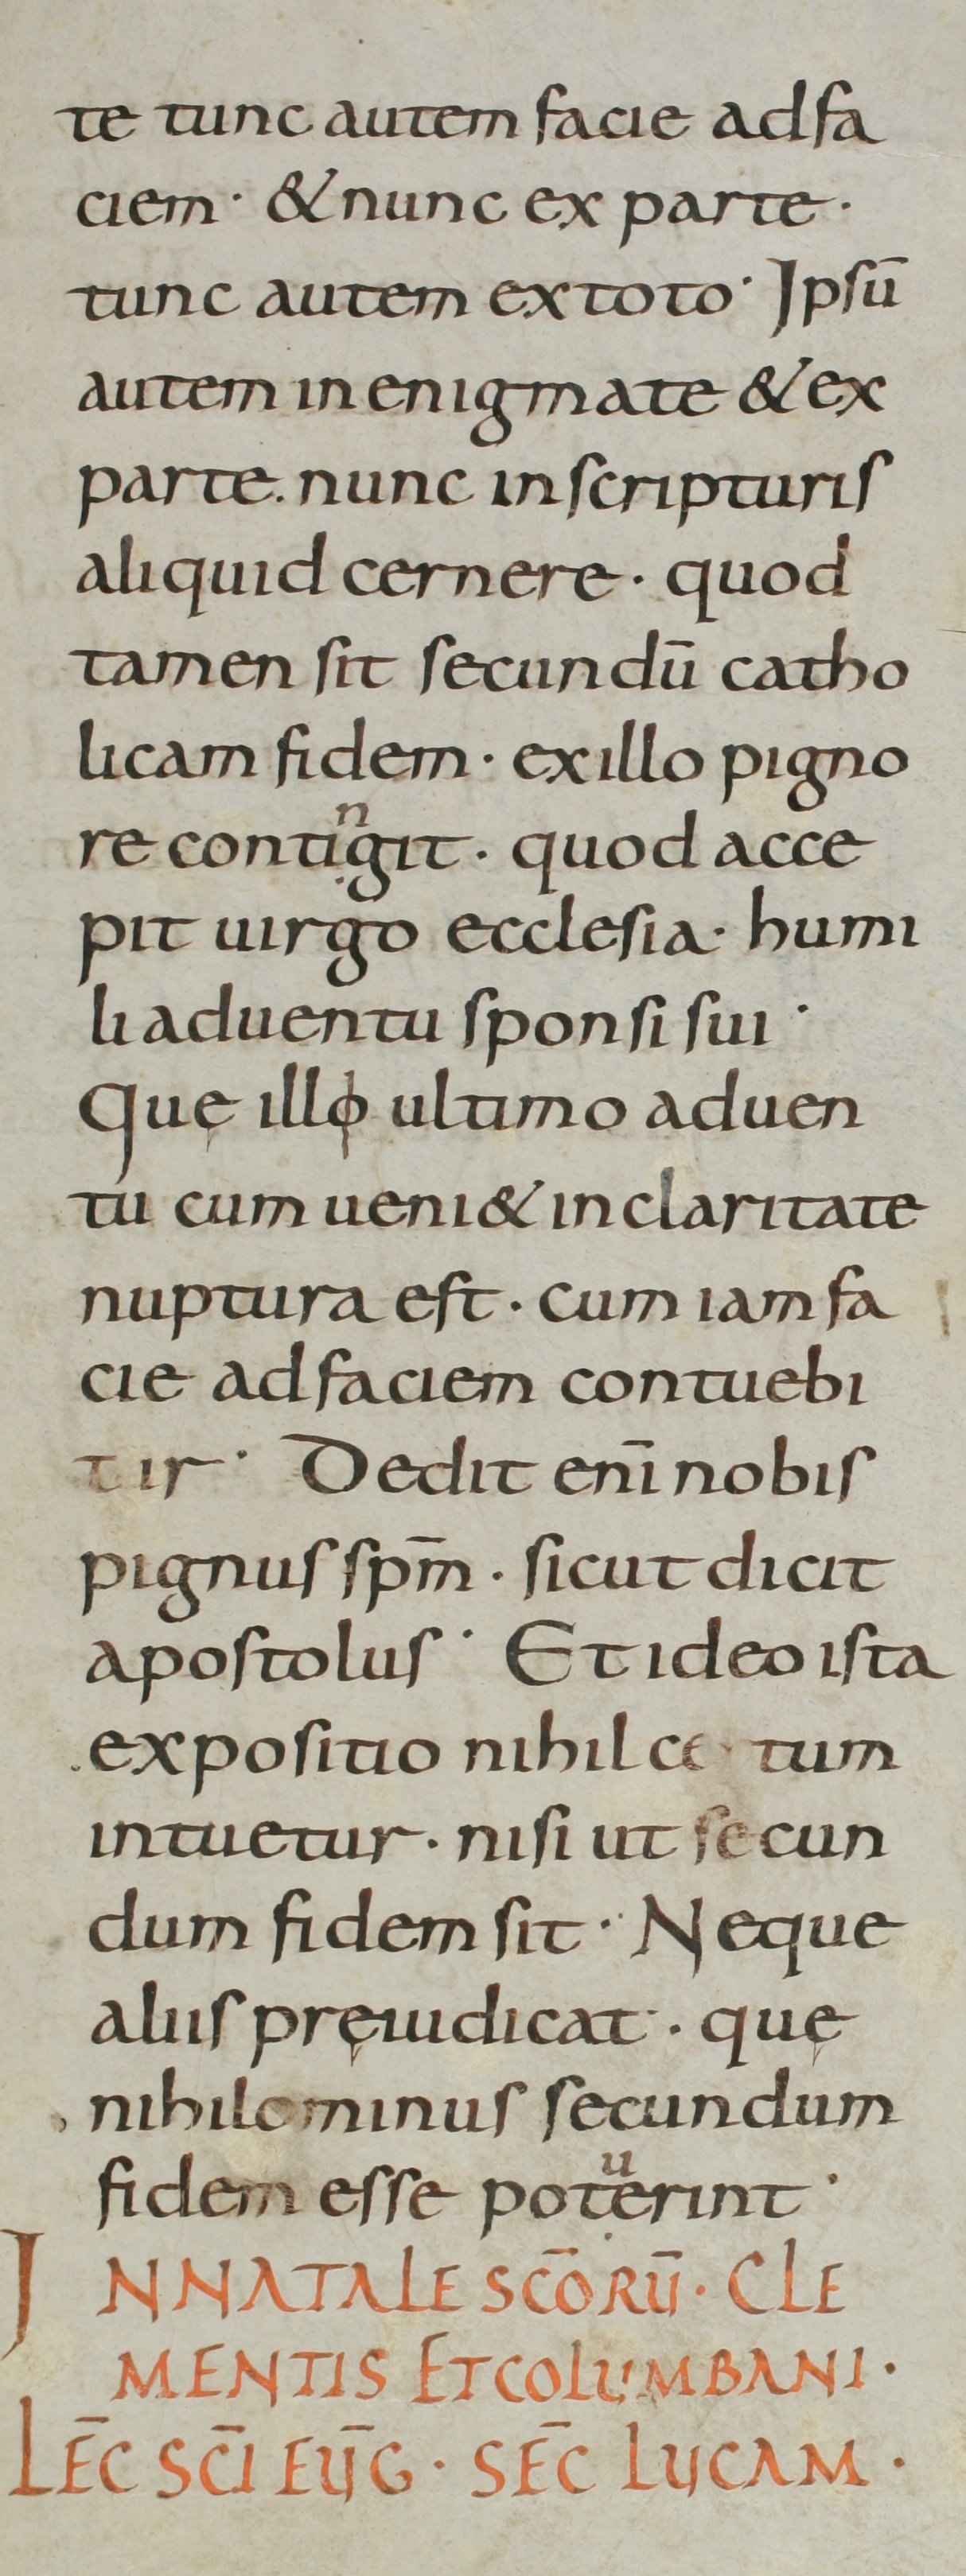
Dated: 800–899